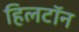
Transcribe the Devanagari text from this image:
हिलटॉन